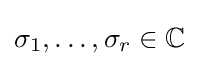
\sigma _{1},\ldots ,\sigma _{r}\in \mathbb {C}